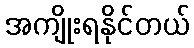
အကျိုးရနိုင်တယ်